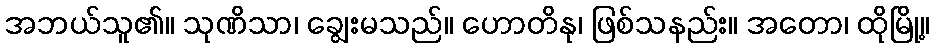
အဘယ်သူ၏။ သုဏိသာ၊ ချွေးမသည်။ ဟောတိနု၊ ဖြစ်သနည်း။ အတော၊ ထိုမြို့။